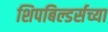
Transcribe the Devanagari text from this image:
शिपबिल्डर्सच्या